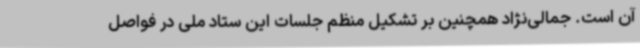
آن است. جمالی‌نژاد همچنین بر تشکیل منظم جلسات این ستاد ملی در فواصل